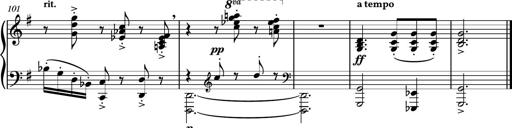
Title: Piano Sonatina No.7
Composer: Dimitri Sykias
Key: G major